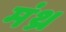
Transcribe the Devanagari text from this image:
मंथ्र